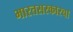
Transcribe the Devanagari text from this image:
भारतसरकारचा